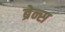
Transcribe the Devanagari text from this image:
ब्रेन्स